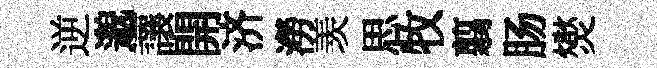
逆邈讓開济澇羡思牧翦肠爕